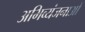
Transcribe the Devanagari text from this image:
अभिव्यंजनाओं